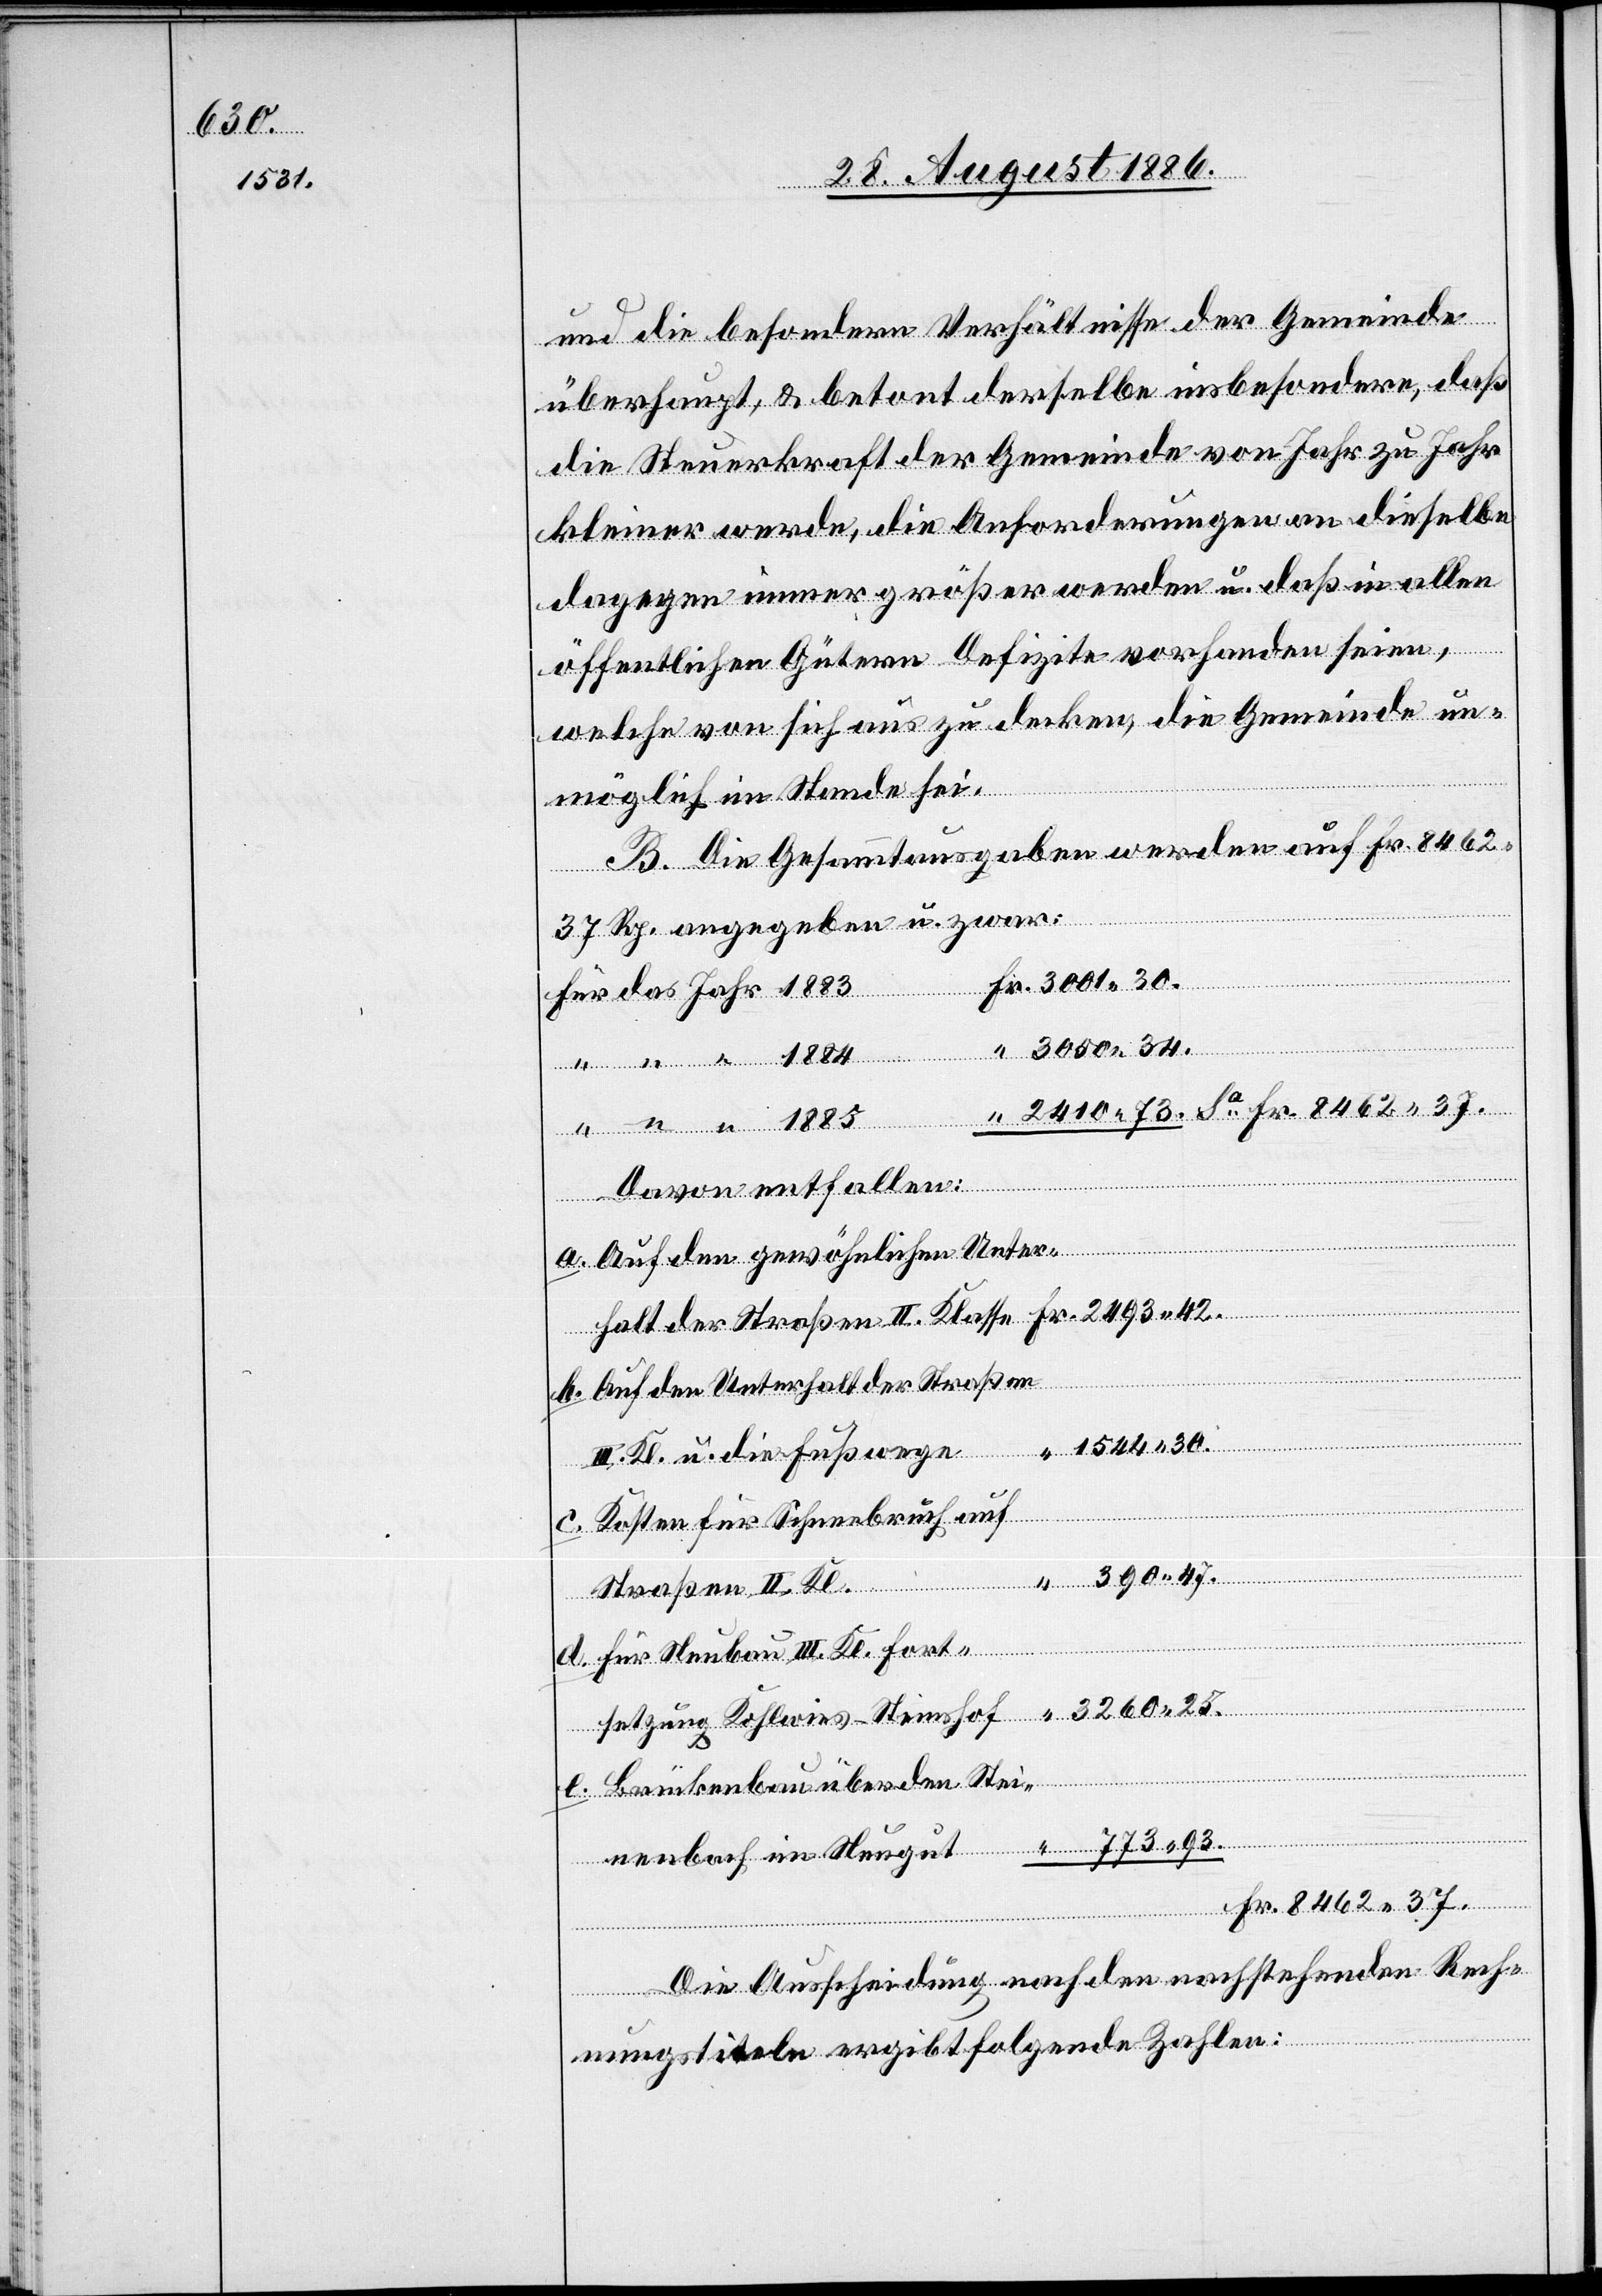
3050.34.

und die besondern Verhältnisse der Gemeinde
überhaupt, & betont derselbe insbesondere, daß
die Steuerkraft der Gemeinde von Jahr zu Jahr
kleiner werde, die Anforderungen an dieselbe
dagegen immer größer werden u. daß in allen
öffentlichen Gütern Defizite vorhanden seien,
welche von sich aus zu decken, die Gemeinde un¬
möglich im Stande sei.
B. Die Gesammtausgaben werden auf Fr. 8462
asse
37 Rp. angegeben u. zwar:
Davon entfallen :
e.
Auf den gewöhnlichen Unter¬
etzung
Auf den Unterhalt der Straßen
1544.30.
III. Kl. u. die Fußwege
Kosten für Schneebruch auf
390.47.
hlwies–Steins¬
hof
Straßen II. Kl.
Für Neubau III. Kl. Forts¬
Brückenbau über den Stei¬
nenbach im Neugut
Fr. 8462.37.
Die Ausscheidung nach den nachstehenden Rech¬
nungstiteln ergibt folgende Zahlen: